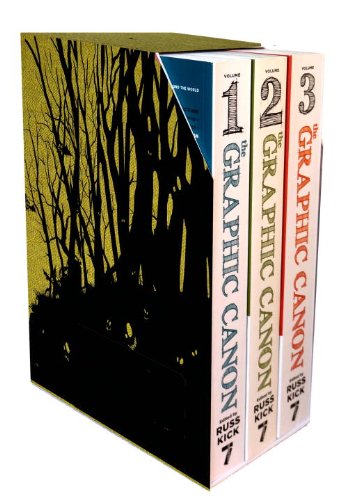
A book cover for The Graphic Canon, Vol. 1-3; Russ Kick; Comics & Graphic Novels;